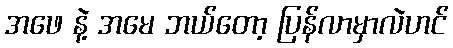
အဖေ နဲ့ အမေ ဘယ်တော့ ပြန်လာမှာလဲဟင်